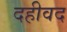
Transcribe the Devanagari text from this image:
दहीवद